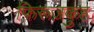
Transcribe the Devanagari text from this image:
फ़िरूज़कुह